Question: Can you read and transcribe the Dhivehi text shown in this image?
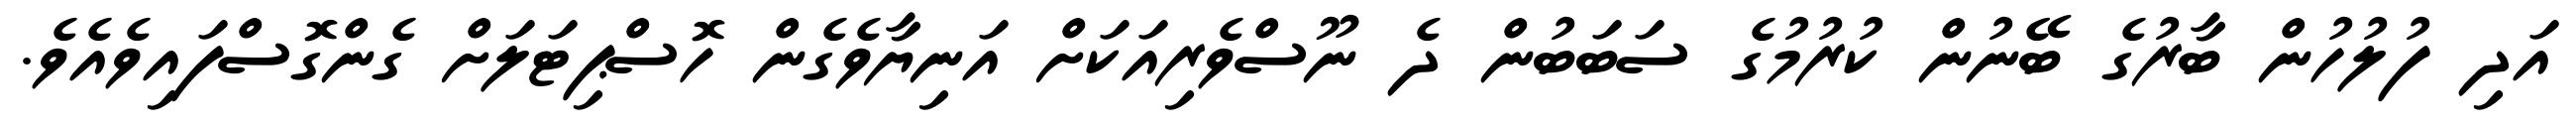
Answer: އަދި ފުލުހުން ބާރުގެ ބޭނުން ކުރުމުގެ ސަބަބުން ދެ ނޫސްވެރިއަކަށް އަނިޔާވެގެން ހޮސްޕިޓަލަށް ގެންގޮސްފައިވެއެވެ.